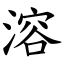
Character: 溶